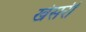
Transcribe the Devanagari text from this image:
खेसरी